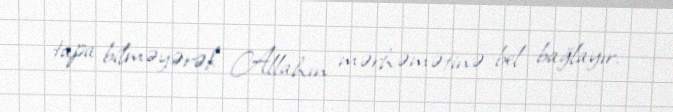
tapa bilməyərək Allahın mərhəmətinə bel bağlayır.